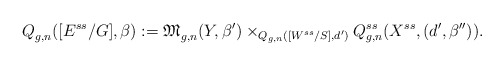
\begin{align*}{Q}^{}_{g,n}([E^{ss}/G],\beta):=\mathfrak{M}_{g,n}^{}(Y,\beta')\times_{Q_{g,n}^{}([W^{ss}/S],d')}Q^{ss}_{g,n}(X^{ss},(d',{\beta''})).\end{align*}